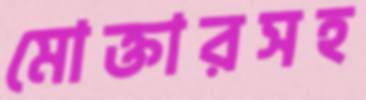
মোক্তারসহ